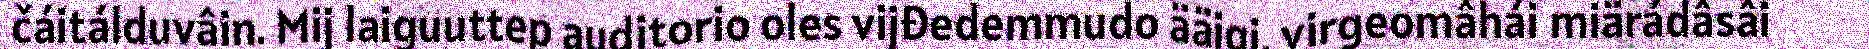
čáitálduvâin. Mij laiguuttep auditorio oles vijđedemmudo ääigi, virgeomâhái miärádâsâi